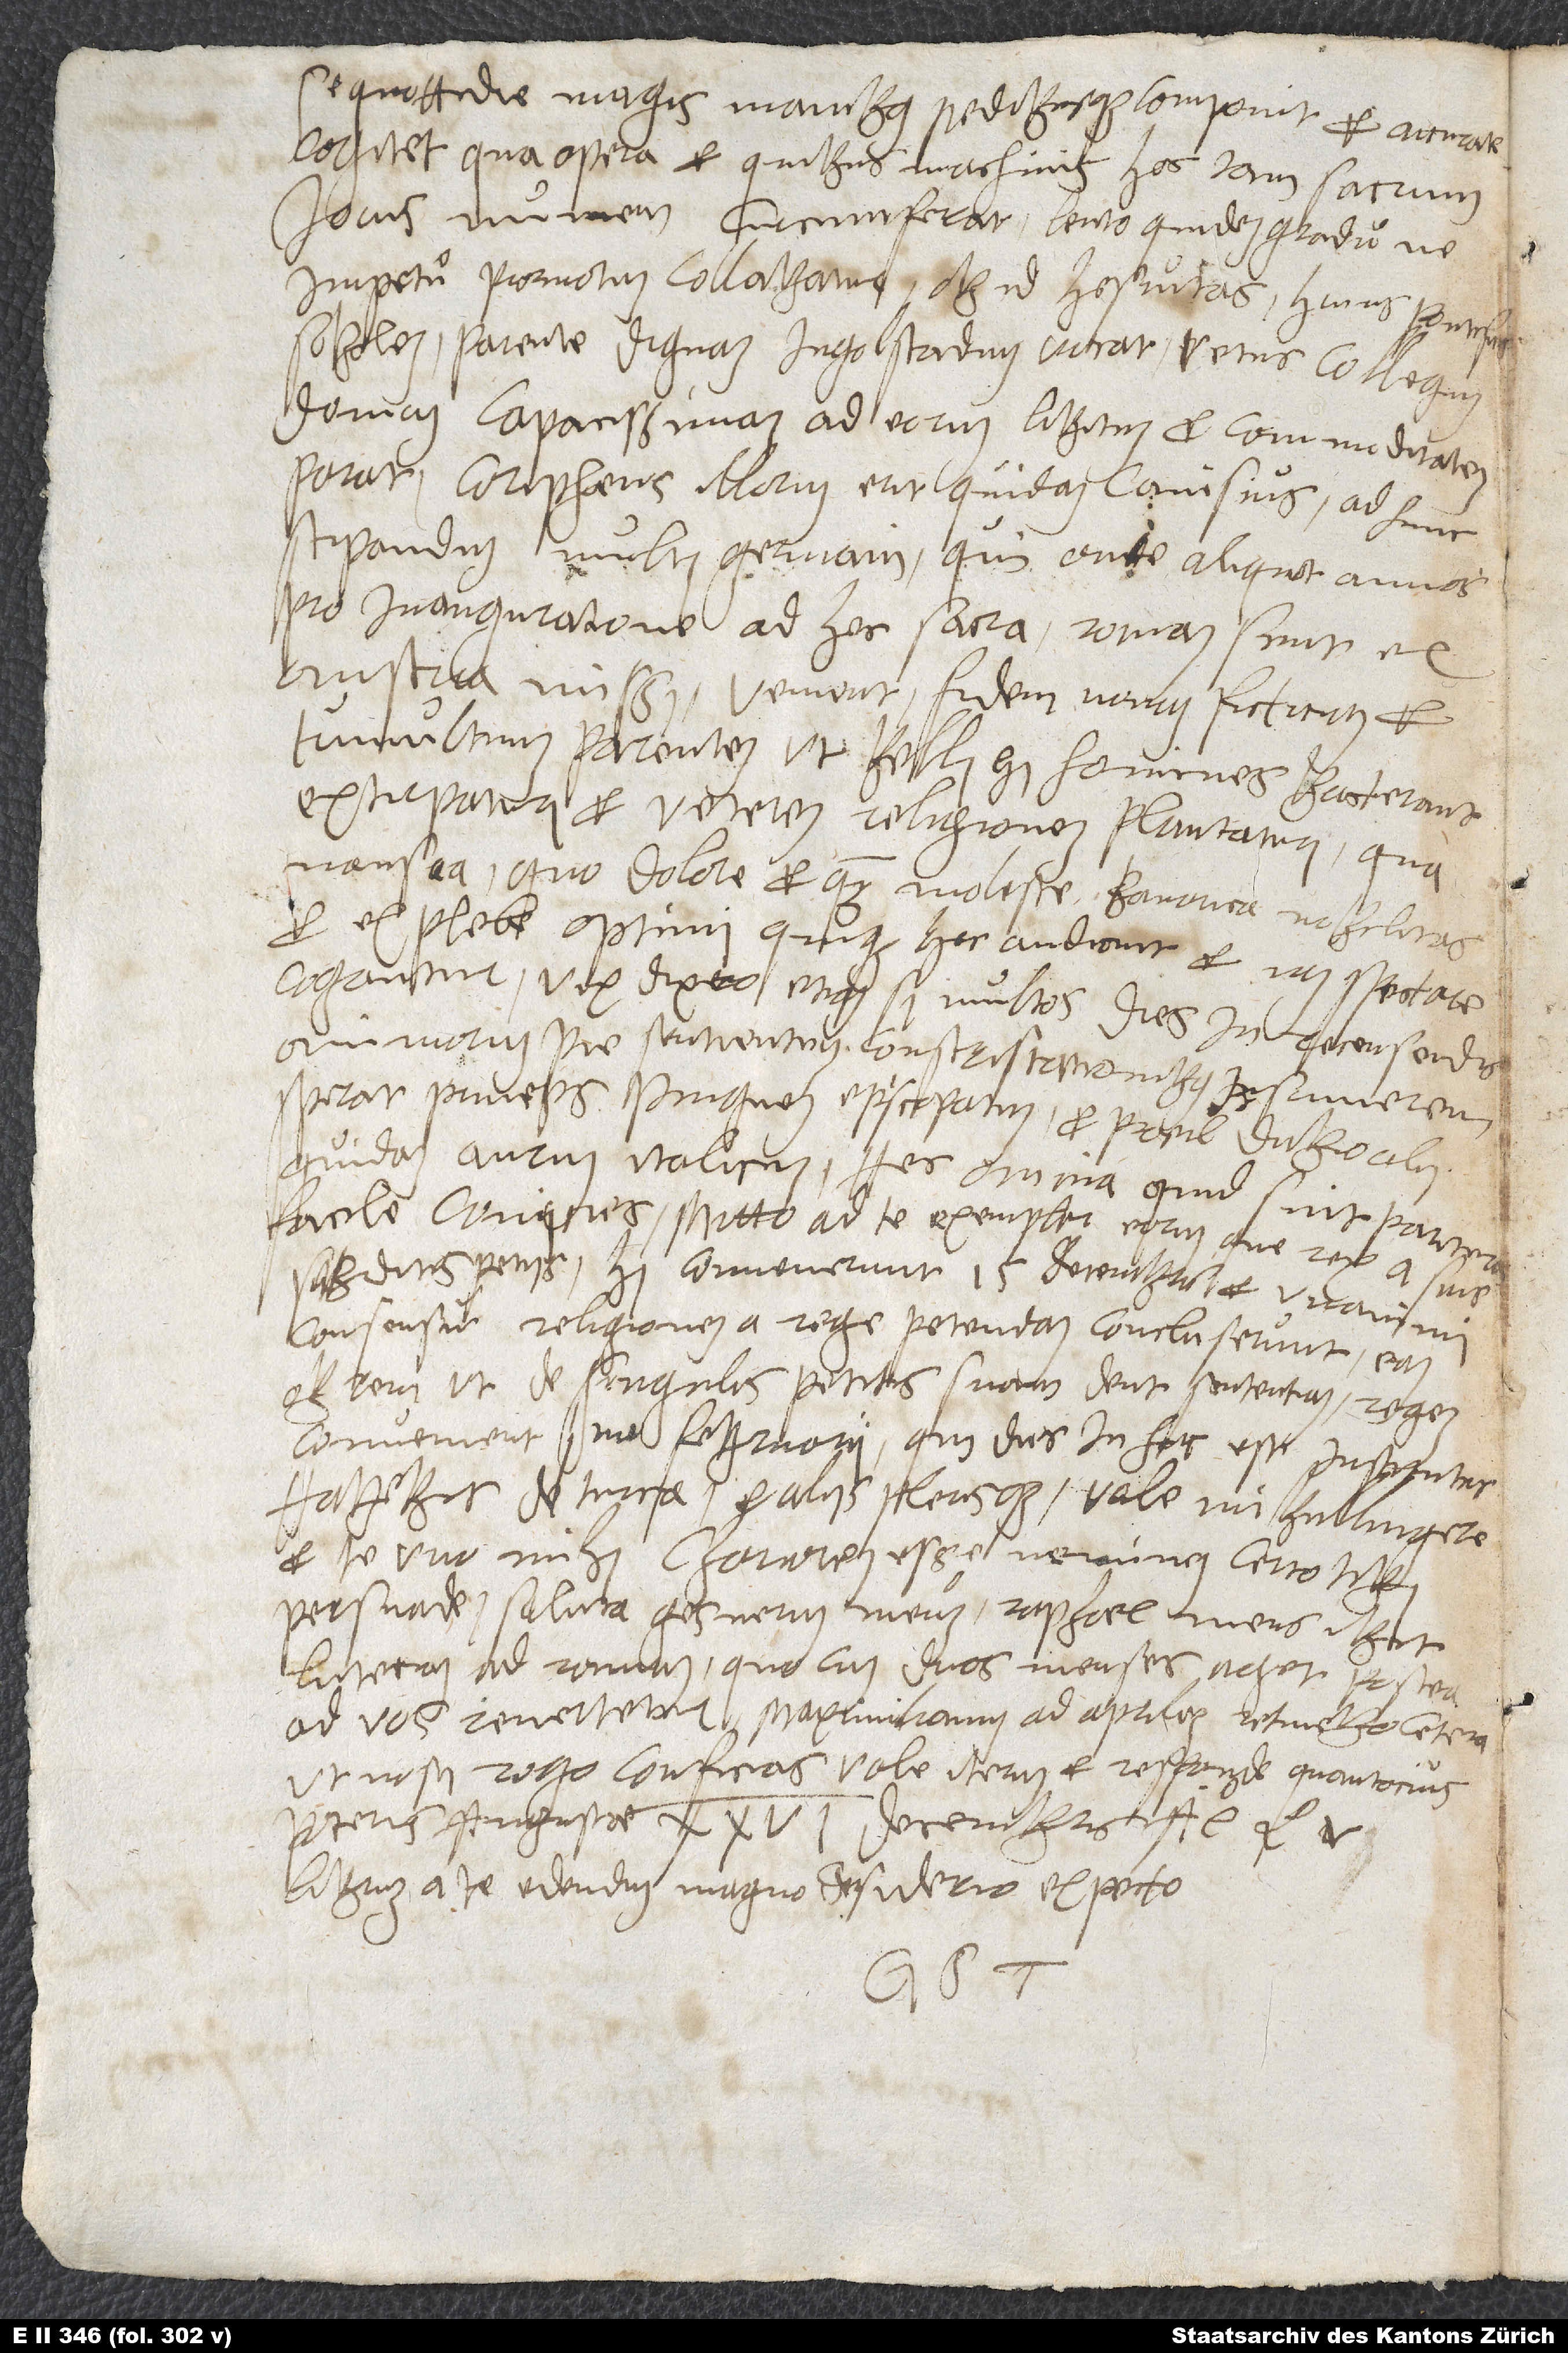
se quottidie magis manibus pedibusque componit et accurate
cogitet, qua opera et quibus machinis hoc tam sacrum
Iovis numen circumferat lento quidem gradu, ne
sobolem parente dignam Ingolstadium vocat vetus collegium,
domum capacissimam, ad eorum libitum et commoditatem
stipandum multi Germani, qui ante aliquot annos
pro inauguratione ad hoc sacra Romam sunt ex
tumultuum parentem, ut belli hi homines bacterant,
extirpaturi et veterem religionem plantaturi, qua
nausea, quo dolore et quam moleste Bavarica nobilitas
et ex plebe optimi quique hoc audiant et iam spectare
cogantur, vix dixero, etiamsi multos dies in recensendis
quidam aurum Italicum. Hec omnia quid sint paritura,
facile coniicies. Mitto ad te exemplar eorum, que rex a suis
subditis petiit; hi convenerunt 15. decembris et unanimi
consensu religionem a rege petendam concluserunt. Eam
rem ut de singulis petitis suam dent sententiam,
convenient 1ma februarii, qui dies in hoc est institutus.
te uno mihi chariorem esse neminem certo tibi
Lutetiam ad Ramum, quocum duos menses aget, postea
ad vos revertetur. Maximilianu ad aprilem retinebo. Ceterum,
ut nosti, rogo conficias. Vale iterum et responde quantocius
Librum a te edendum magno desiderio expecto.